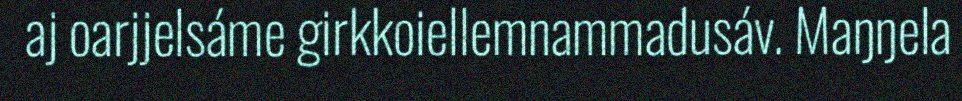
aj oarjjelsáme girkkoiellemnammadusáv. Maŋŋela